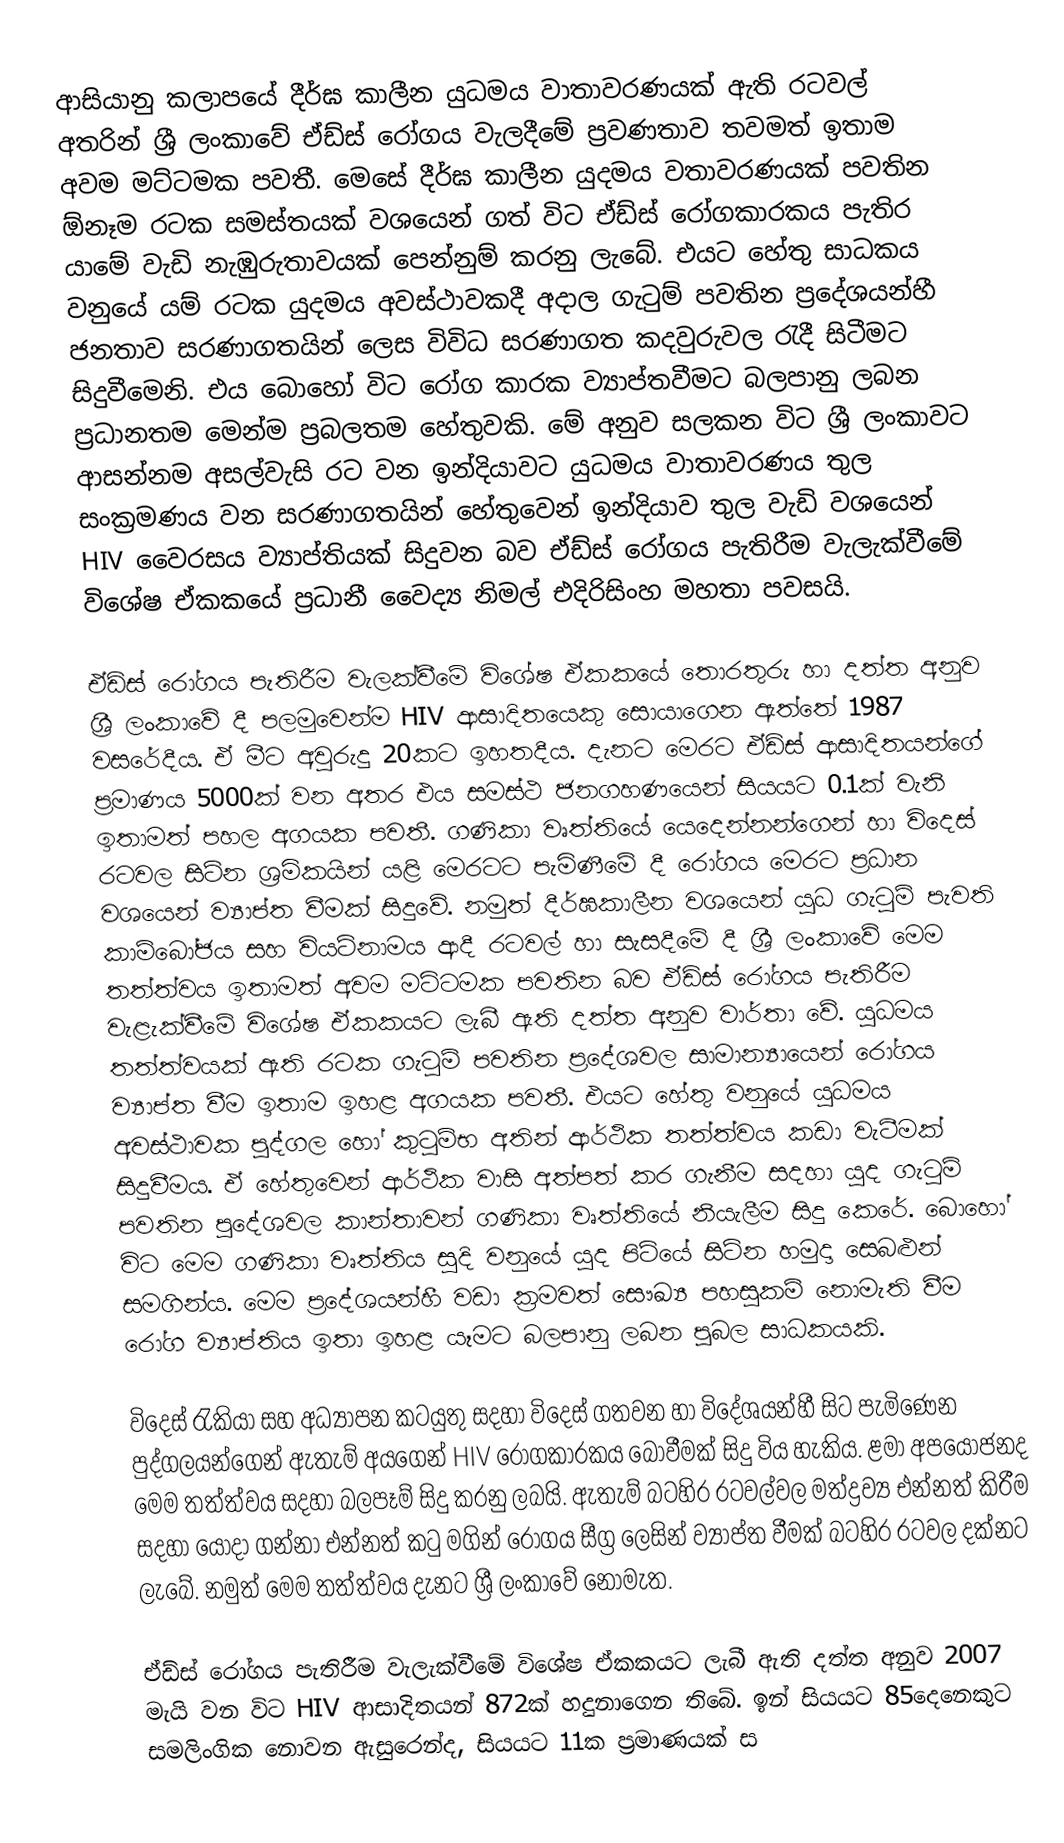
ආසියානු කලාපයේ දීර්ඝ කාලීන යුධමය වාතාවරණයක් ඇති රටවල් අතරින් ශ්‍රී ලංකාවේ ඒඩ්ස් රෝගය වැලදීමේ ප්‍රවණතාව තවමත් ඉතාම අවම මට්ටමක පවතී. මෙසේ දීර්ඝ කාලීන යුදමය වතාවරණයක් පවතින ඕනෑම රටක සමස්තයක් වශයෙන් ගත් විට ඒඩ්ස් රෝගකාරකය පැතිර යාමේ වැඩි නැඹුරුතාවයක් පෙන්නුම් කරනු ලැබේ. එයට හේතු සාධකය වනුයේ යම් රටක යුදමය අවස්ථාවකදී අදාල ගැටුම් පවතින ප්‍රදේශයන්හී ජනතාව සරණාගතයින් ලෙස විවිධ සරණාගත කදවුරුවල රැදී සිටීමට සිදුවීමෙනි. එය බොහෝ විට රෝග කාරක ව්‍යාප්තවීමට බලපානු ලබන ප්‍රධානතම මෙන්ම ප්‍රබලතම හේතුවකි. මේ අනුව සලකන විට ශ්‍රී ලංකාවට ආසන්නම අසල්වැසි රට වන ඉන්දියාවට යුධමය වාතාවරණය තුල සංක්‍රමණය වන සරණාගතයින් හේතුවෙන් ඉන්දියාව තුල වැඩි වශයෙන් HIV වෛරසය ව්‍යාප්තියක් සිදුවන බව ඒඩ්ස් රෝගය පැතිරීම වැලැක්වීමේ විශේෂ ඒකකයේ ප්‍රධානී වෛද්‍ය නිමල් එදිරිසිංහ මහතා පවසයි.

ඒඩ්ස් රෝගය පැතිරීම වැලක්වීමේ විශේෂ ඒකකයේ තොරතුරු හා දත්ත අනුව ශ්‍රී ලංකාවේ දී පලමුවෙන්ම HIV ආසාදිතයෙකු සොයාගෙන ඇත්තේ 1987 වසරේදීය. ඒ මීට අවුරුදු 20කට ඉහතදීය. දැනට මෙරට ඒඩ්ස් ආසාදිතයන්ගේ ප්‍රමාණය 5000ක් වන අතර එය සමස්ථ ජනගහණයෙන් සියයට 0.1ක් වැනි ඉතාමත් පහල අගයක පවතී. ගණිකා වෘත්තියේ යෙදෙන්නන්ගෙන් හා විදෙස් රටවල සිටින ශ්‍රමිකයින් යළි මෙරටට පැමිණීමේ දී රෝගය මෙරට ප්‍රධාන වශයෙන් ව්‍යාප්ත වීමක් සිදුවේ. නමුත් දීර්ඝකාලීන වශයෙන් යුධ ගැටුම් පැවති කාම්බෝජය සහ වියටිනාමය ආදී රටවල් හා සැසදීමේ දී ශ්‍රී ලංකාවේ මෙම තත්ත්වය ඉතාමත් අවම මට්ටමක පවතින බව ඒඩ්ස් රෝගය පැතිරීම වැළැක්වීමේ විශේෂ ඒකකයට ලැබී ඇති දත්ත අනුව වාර්තා වේ. යුධමය තත්ත්වයක් ඇති රටක ගැටුම් පවතින ප්‍රදේශවල සාමාන්‍යායෙන් රෝගය ව්‍යාප්ත වීම ඉතාම ඉහළ අගයක පවතී. එයට හේතු වනුයේ යුධමය අවස්ථාවක පුද්ගල හෝ කුටුම්භ අතින් ආර්ථික තත්ත්වය කඩා වැටීමක් සිදුවීමය. ඒ හේතුවෙන් ආර්ථික වාසි අත්පත් කර ගැනීම සදහා යුද ගැටුම් පවතින පුදේශවල කාන්තාවන් ගණිකා වෘත්තියේ නියැලීම සිදු කෙරේ. බොහෝ විට මෙම ගණිකා වෘත්තිය සුදි වනුයේ යුද පිටියේ සිටින හමුදා සෙබළුන් සමගින්ය. මෙම ප්‍රදේශයන්හී වඩා ක්‍රමවත් සෞඛ්‍ය පහසුකම් නොමැති වීම රෝග ව්‍යාප්තිය ඉතා ඉහළ යෑමට බලපානු ලබන පුබල සාධකයකි.

විදෙස් රැකියා සහ අධ්‍යාපන කටයුතු සදහා විදෙස් ගතවන හා විදේශයන්හී සිට පැමිණෙන පුද්ගලයන්ගෙන් ඇතැම් අයගෙන් HIV රෝගකාරකය බෝවීමක් සිදු විය හැකිය. ළමා අපයෝජනද මෙම තත්ත්වය සදහා බලපෑම් සිදු කරනු ලබයි. ඇතැම් බටහිර රටවල්වල මත්ද්‍රව්‍ය එන්නත් කිරීම සදහා යොදා ගන්නා එන්නත් කටු මගින් රෝගය සීග්‍ර ලෙසින් ව්‍යාප්ත වීමක් බටහිර රටවල දක්නට ලැබේ. නමුත් මෙම තත්ත්වය දැනට ශ්‍රී ලංකාවේ නොමැත.

ඒඩ්ස් රෝගය පැතිරීම වැලැක්වීමේ විශේෂ ඒකකයට ලැබී ඇති දත්ත අනුව 2007 මැයි වන විට HIV ආසාදිතයන් 872ක් හදුනාගෙන තිබේ. ඉන් සියයට 85දෙනෙකුට සමලිංගික නොවන ඇසුරෙන්ද, සියයට 11ක ප්‍රමාණයක් ස